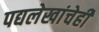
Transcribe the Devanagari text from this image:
पद्यलेखांचेही